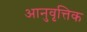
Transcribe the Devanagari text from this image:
आनुवृत्तिक